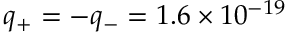
q _ { + } = - q _ { - } = 1 . 6 \times 1 0 ^ { - 1 9 }